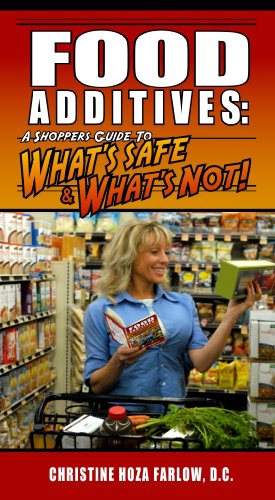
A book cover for Food Additives: A Shopper's Guide To What's Safe & What's Not; Christine Hoza Farlow; Health, Fitness & Dieting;